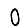
Digit: 0